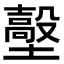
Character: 𡒼